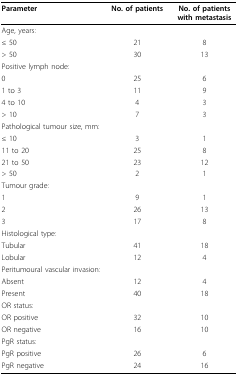
<table><thead><tr><td><b>Parameter</b></td><td><b>No. of patients</b></td><td><b>No. of patients with metastasis</b></td></tr></thead><tbody><tr><td>Age, years:</td><td></td><td></td></tr><tr><td>≤ 50</td><td>21</td><td>8</td></tr><tr><td>&gt; 50</td><td>30</td><td>13</td></tr><tr><td>Positive lymph node:</td><td></td><td></td></tr><tr><td>0</td><td>25</td><td>6</td></tr><tr><td>1 to 3</td><td>11</td><td>9</td></tr><tr><td>4 to 10</td><td>4</td><td>3</td></tr><tr><td>&gt; 10</td><td>7</td><td>3</td></tr><tr><td>Pathological tumour size, mm:</td><td></td><td></td></tr><tr><td>≤ 10</td><td>3</td><td>1</td></tr><tr><td>11 to 20</td><td>25</td><td>8</td></tr><tr><td>21 to 50</td><td>23</td><td>12</td></tr><tr><td>&gt; 50</td><td>2</td><td>1</td></tr><tr><td>Tumour grade:</td><td></td><td></td></tr><tr><td>1</td><td>9</td><td>1</td></tr><tr><td>2</td><td>26</td><td>13</td></tr><tr><td>3</td><td>17</td><td>8</td></tr><tr><td>Histological type:</td><td></td><td></td></tr><tr><td>Tubular</td><td>41</td><td>18</td></tr><tr><td>Lobular</td><td>12</td><td>4</td></tr><tr><td>Peritumoural vascular invasion:</td><td></td><td></td></tr><tr><td>Absent</td><td>12</td><td>4</td></tr><tr><td>Present</td><td>40</td><td>18</td></tr><tr><td>OR status:</td><td></td><td></td></tr><tr><td>OR positive</td><td>32</td><td>10</td></tr><tr><td>OR negative</td><td>16</td><td>10</td></tr><tr><td>PgR status:</td><td></td><td></td></tr><tr><td>PgR positive</td><td>26</td><td>6</td></tr><tr><td>PgR negative</td><td>24</td><td>16</td></tr></tbody></table>